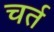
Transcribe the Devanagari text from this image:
चर्त